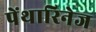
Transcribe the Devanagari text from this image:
पेंथारिनेज